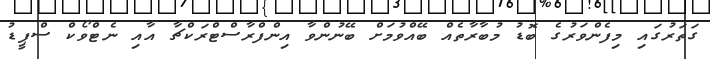
ގަތަރުގައި މިފެންވަރުގެ ބޮޑު މުބާރާތެއް ބޭއްވުމަށް ބޭނުންވާ އިންފްރާސްޓްރަކްޗާ އާއި ނެޓްވޯކް ސްޕީޑު